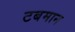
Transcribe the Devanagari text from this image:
टबमान